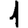
Digit: 1